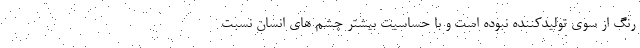
رنگ از سوی تولیدکننده نبوده است و با حساسیت بیشتر چشم های انسان نسبت